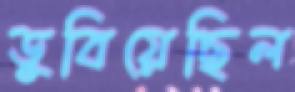
ডুবিয়েছিল